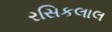
રસિકલાલ